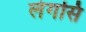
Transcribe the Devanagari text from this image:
लेगसि